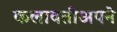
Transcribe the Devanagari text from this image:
कलावतीअपने